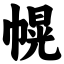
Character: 幌